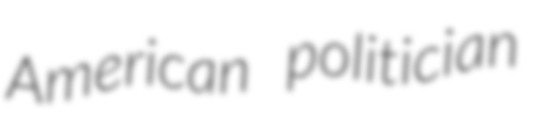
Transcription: American politician